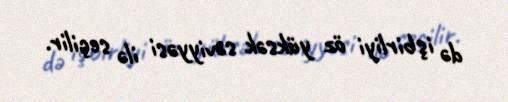
də işbirliyi öz yüksək səviyyəsi ilə seçilir.